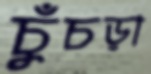
চুঁচড়া